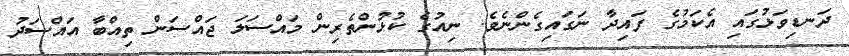
ދަނޑިވަޅުގައި އެކަމުގެ ފައިދާ ނަގައިގެންނެވެ. ނިއުގެ ކުޅުންތެރިން މައްސަލަ ޖައްސަން ތިއްބާ އައްސަދު